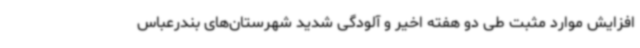
افزایش موارد مثبت طی دو هفته اخیر و آلودگی شدید شهرستان‌های بندرعباس